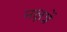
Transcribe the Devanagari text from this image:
नक्षत्रें